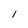
Character: l